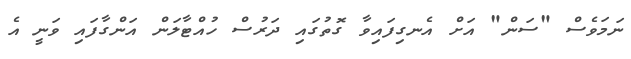
ނަމަވެސް "ސަން" އަށް އެނގިފައިވާ ގޮތުގައި ދަރުސް ހުއްޓާލަން އަންގާފައި ވަނީ އެ